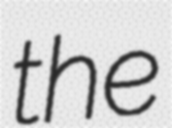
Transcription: the